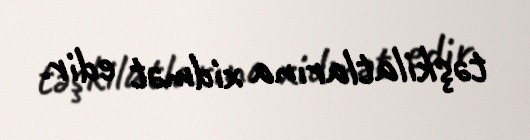
təşkilatlarına xidmət edir.